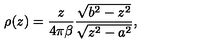
\rho ( z ) = { \frac { z } { 4 \pi \beta } } { \frac { \sqrt { b ^ { 2 } - z ^ { 2 } } } { \sqrt { z ^ { 2 } - a ^ { 2 } } } } ,